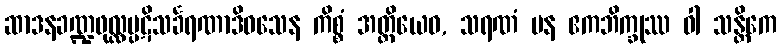
ဆာဒနခဏ္ဍဖုလ္လပ္ပဋိသင်္ခရဏာဒိဝသေန ကိစ္စံ အတ္ထိယေဝ, သရဏံ ပန ဧကဘိက္ခုဿ ဝါ သန္တိကေ